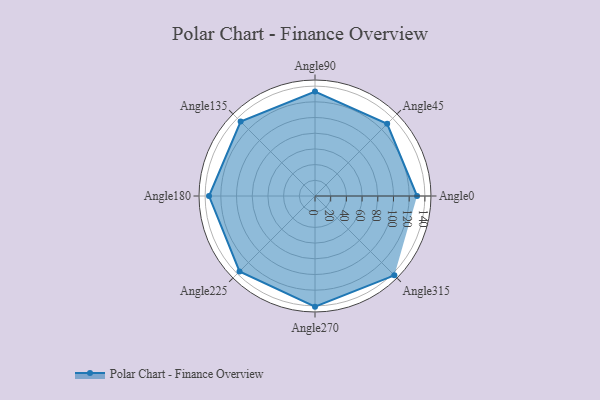
{"axis": {"x": "Angle", "y": "Radius"}, "legend": [""], "data": [{"x": "Angle0", "y": 130.0, "type": ""}, {"x": "Angle45", "y": 130.0, "type": ""}, {"x": "Angle90", "y": 133.0, "type": ""}, {"x": "Angle135", "y": 134.0, "type": ""}, {"x": "Angle180", "y": 135.0, "type": ""}, {"x": "Angle225", "y": 136.0, "type": ""}, {"x": "Angle270", "y": 141.0, "type": ""}, {"x": "Angle315", "y": 143.0, "type": ""}]}